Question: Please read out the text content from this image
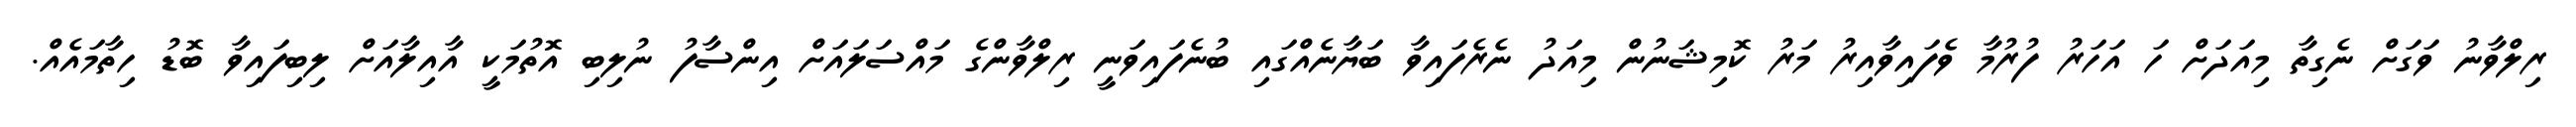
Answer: ރިލްވާނު ވަގަށް ނެގިތާ މިއަދަށް ހަ އަހަރު ފުރުމާ ވެފައިވާއިރު މަރު ކޮމިޝަނުން މިއަދު ނެރެފައިވާ ބަޔާނެއްގައި ބުނެފައިވަނީ ރިލްވާންގެ މައްސަލައަށް އިންސާފު ނުލިބި އޮތުމަކީ އާއިލާއަށް ލިބިފައިވާ ބޮޑު ހިތާމައެއް.